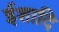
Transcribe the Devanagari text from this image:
ईशादि